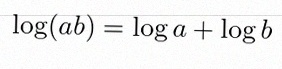
\log(ab)=\log a+\log b